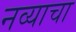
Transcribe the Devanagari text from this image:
नव्याचा